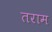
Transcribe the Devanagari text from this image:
तराम